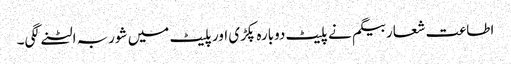
اطاعت شعار بیگم نے پلیٹ دوبارہ پکڑی اور پلیٹ میں شوربہ الٹنے لگی۔